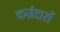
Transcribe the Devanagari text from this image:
कर्ज़दारों